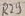
Text: R29